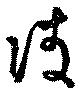
凌